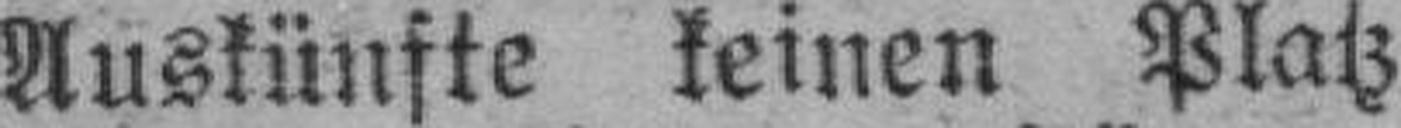
Auskünfte keinen Platz